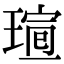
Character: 𤧺